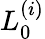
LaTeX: L_{0}^{(i)}